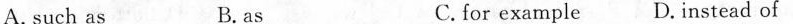
A. such as B. as C. for example D. Instead of